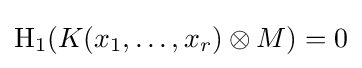
\operatorname {H} _{1}(K(x_{1},\dots ,x_{r})\otimes M)=0